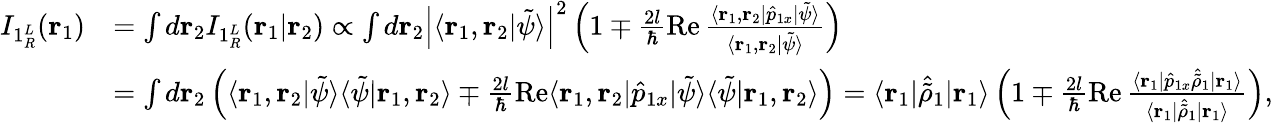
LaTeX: \begin{array}{rl}{I_{1{^L_{R}}}(\mathbf{r}_{1})}&{=\int d\mathbf{r}_{2}I_{1{^L_{R}}}(\mathbf{r}_{1}|\mathbf{r}_{2})\propto\int d\mathbf{r}_{2}\left|\langle\mathbf{r}_{1},\mathbf{r}_{2}|\tilde{\psi}\rangle\right|^{2}\left(1\mp\frac{2l}{\hbar}\operatorname{Re}\frac{\langle\mathbf{r}_{1},\mathbf{r}_{2}|\hat{p}_{1x}|\tilde{\psi}\rangle}{\langle\mathbf{r}_{1},\mathbf{r}_{2}|\tilde{\psi}\rangle}\right)}\\ &{=\int d\mathbf{r}_{2}\left(\langle\mathbf{r}_{1},\mathbf{r}_{2}|\tilde{\psi}\rangle\langle\tilde{\psi}|\mathbf{r}_{1},\mathbf{r}_{2}\rangle\mp\frac{2l}{\hbar}\operatorname{Re}\langle\mathbf{r}_{1},\mathbf{r}_{2}|\hat{p}_{1x}|\tilde{\psi}\rangle\langle\tilde{\psi}|\mathbf{r}_{1},\mathbf{r}_{2}\rangle\right)=\langle\mathbf{r}_{1}|\hat{\tilde{\rho}}_{1}|\mathbf{r}_{1}\rangle\left(1\mp\frac{2l}{\hbar}\operatorname{Re}\frac{\langle\mathbf{r}_{1}|\hat{p}_{1x}\hat{\tilde{\rho}}_{1}|\mathbf{r}_{1}\rangle}{\langle\mathbf{r}_{1}|\hat{\tilde{\rho}}_{1}|\mathbf{r}_{1}\rangle}\right),}\end{array}